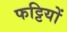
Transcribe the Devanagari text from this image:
फट्टियों